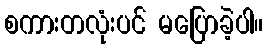
စကားတလုံးပင် မပြောခဲ့ပါ။